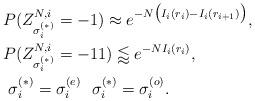
LaTeX: \begin{align*}\begin{aligned}&P( Z_{\sigma_{i}^{(*)}}^{N,i}=-1)\approx e^{-N\big(I_i(r_i)-I_i(r_{i+1})\big)},\\&P( Z_{\sigma_{i}^{(*)}}^{N,i}=-11)\lessapprox e^{-N I_i(r_i)},\\&\ \sigma_{i}^{(*)}=\sigma_{i}^{(e)}\ \ \sigma_{i}^{(*)}=\sigma_{i}^{(o)}.\end{aligned}\end{align*}